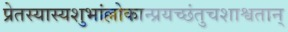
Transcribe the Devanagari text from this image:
प्रेतस्यास्यशुभांल्लोकान्प्रयच्छंतुचशाश्वतान्